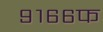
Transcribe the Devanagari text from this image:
९१६६फ